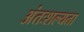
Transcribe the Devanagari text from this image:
अंतःशल्यता